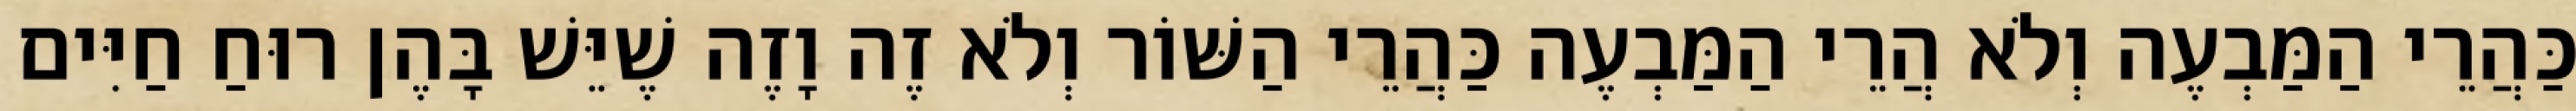
כַּהֲרֵי הַמַּבְעֶה וְלֹא הֲרֵי הַמַּבְעֶה כַּהֲרֵי הַשּׁוֹר וְלֹא זֶה וָזֶה שֶׁיֵּשׁ בָּהֶן רוּחַ חַיִּים